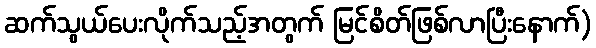
ဆက်သွယ်ပေးလိုက်သည့်အတွက် မြင်စိတ်ဖြစ်လာပြီးနောက်)